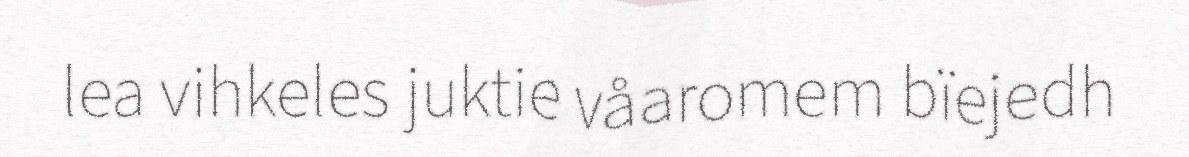
lea vihkeles juktie våaromem bïejedh